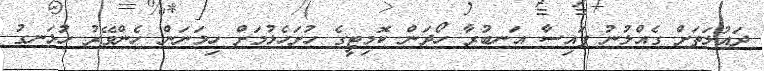
ދައުލަތަށް ގެއްލުނު ފައިސާ އަނބުރާ ހޯދަން ކޮމިޓީގެ ހުށަހެޅުމަށް ހިމަނަން ހެންވޭރު ހުޅަނގު